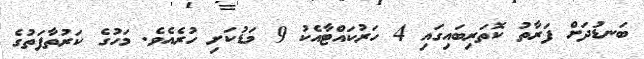
ބަނޑުދަށް ފަރާތު ކޮތަރިބައިގައި 4 ހަރުކައްޓާއެކު 9 މަޑުކަށި ހުރެއެވެ. މަހުގެ ކަރުތާފަތުގެ